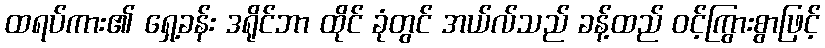
ထရပ်ကား၏ ရှေ့ခန်း ဒရိုင်ဘာ ထိုင် ခုံတွင် အယ်လ်သည် ခန့်ထည် ဝင့်ကြွားစွာဖြင့်